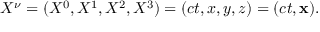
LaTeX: X ^ { \nu } = ( X ^ { 0 } , X ^ { 1 } , X ^ { 2 } , X ^ { 3 } ) = ( c t , x , y , z ) = ( c t , \mathbf { x } ) .